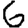
Digit: 6